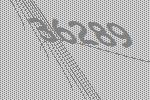
36289